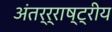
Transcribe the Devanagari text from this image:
अंतर्र्राष्‍ट्रीय